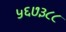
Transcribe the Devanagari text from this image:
५६७३८८